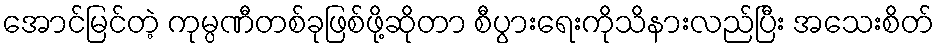
အောင်မြင်တဲ့ ကုမ္ပဏီတစ်ခုဖြစ်ဖို့ဆိုတာ စီပွားရေးကိုသိနားလည်ပြီး အသေးစိတ်